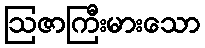
ဩဇာကြီးမားသော